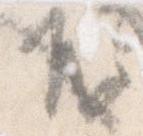
不